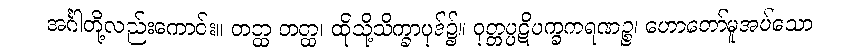
အင်္ဂါတို့လည်းကောင်း။ တတ္ထ တတ္ထ၊ ထိုသို့သိက္ခာပုဒ်၌။ ဝုတ္တပ္ပဋိပက္ခကရဏဉ္စ၊ ဟောတော်မူအပ်သော